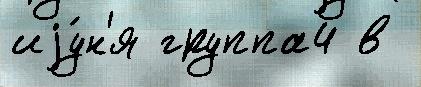
иjу́н'я группа4 в